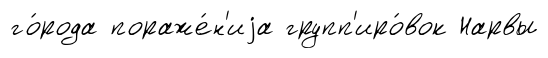
го́рода пораже́н'иjа групп'иро́вок Нарвы